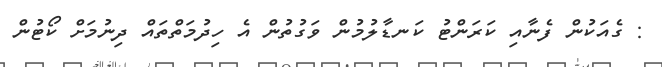
: ގެއަކުން ފެނާއި ކަރަންޓު ކަނޑާލުމުން ވަގުތުން އެ ހިދުމަތްތައް ދިނުމަށް ކޯޓުން